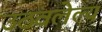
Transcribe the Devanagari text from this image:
उठवलेल्य